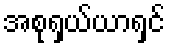
အစုရှယ်ယာရှင်